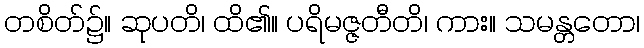
တစိတ်၌။ ဆုပတိ၊ ထိ၏။ ပရိမဇ္ဇတီတိ၊ ကား။ သမန္တတော၊